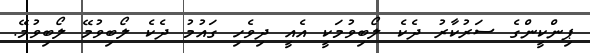
ޕިންކީންގެ ސަރުކާރު ދެކެ ލޯބިވުމަކީ އެއީ ދިވެހި ގައުމު ދެކެ ލޯބިވުމޭ ލޯބިވުމޭ.